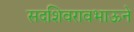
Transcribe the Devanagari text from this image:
सदशिवरावभाऊने